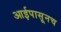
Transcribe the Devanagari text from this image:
आईपासूनच